Civil Veterinary Dept. Assam report 1927-50 - 1927-1950
Year: 1927
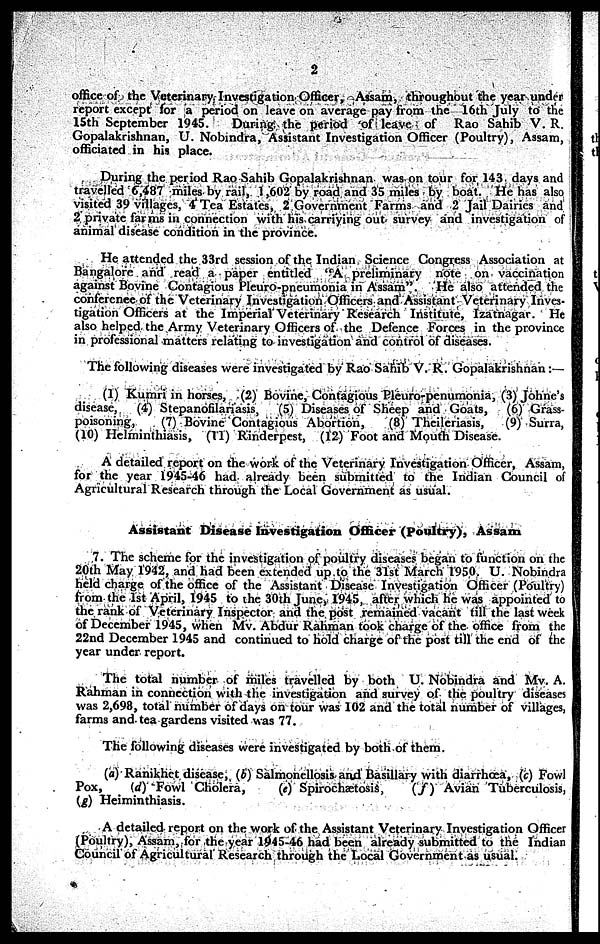
2
office of the Veterinary Investigation Officer, Assam, throughout the year under
report except for a period on leave on average pay from the 16th July to the
15th September 1945.
During the period of leave of Rao Sahib V. R.
Gopalakrishnan, U. Nobindra, Assistant Investigation Officer (Poultry), Assam,
officiated in his place.
During the period Rao Sahib Gopalakrishnan was on tour for 143 days and
travelled 6,487 miles by rail, 1,602 by road and 35 miles by boat. He has also
visited 39 villages, 4 Tea Estates, 2 Government Farms and 2 Jail Dairies and
2 private farms in connection with his carriying out survey and investigation of
animal disease condition in the province.
He attended the 33rd session of the Indian Science Congress Association at
Bangalore and read a paper entitled "A preliminary note on vaccination
against Bovine Contagious Pleuro-pneumonia in Assam"
He also attended the
conference of the Veterinary Investigation Officers and Assistant Veterinary Inves-
tigation Officers at the Imperial Veterinary Research Institute, Izatnagar. He
also helped the Army Veterinary Officers of the Defence Forces in the province
in professional matters relating to investigation and control of diseases.
The following diseases were investigated by Rao Sahib V. R. Gopalakrishnan :—
(1) Kumri in horses, (2) Bovine, Contagious Pleuro-penumonia, (3) Johne's
disease,
(4) Stepanofilariasis,
(5) Diseases of Sheep and Goats,
(6) Grass-
poisoning,
(7) Bovine Contagious Abortion,
(8) Theileriasis,
(9) Surra,
(10) Helminthiasis, (11) Rinderpest, (12) Foot and Mouth Disease.
A detailed report on the work of the Veterinary Investigation Officer, Assam,
for the year 1945-46 had already been submitted to the Indian Council of
Agricultural Research through the Local Government as usual.
Assistant Disease Investigation Officer (Poultry), Assam
7. The scheme for the investigation of poultry diseases began to function on the
20th May 1942, and had been extended up to the 31st March 1950. U. Nobindra
held charge of the office of the Assistant Disease Investigation Officer (Poultry)
from the 1st April, 1945 to the 30th June, 1945, after which he was appointed to
the rank of Veterinary Inspector and the post remained vacant till the last week
of December 1945, when Mv. Abdur Rahman took charge of the office from the
22nd December 1945 and continued to hold charge of the post till the end of the
year under report.
The total number of miles travelled by both U. Nobindra and Mv. A.
Rahman in connection with the investigation and survey of the poultry diseases
was 2,698, total number of days on tour was 102 and the total number of villages,
farms and tea gardens visited was 77.
The following diseases were investigated by both of them.
(a) Ranikhet disease, (b) Salmonellosis and Basillary with diarrhoea, (c) Fowl
Pox, (d) Fowl Cholera,
(e) Spirochætosis,
(f) Avian Tuberculosis,
(g) Heiminthiasis.
A detailed report on the work of the Assistant Veterinary Investigation Officer
(Poultry), Assam, for the year 1945-46 had been already submitted to the Indian
Council of Agricultural Research through the Local Government as usual.